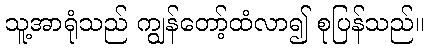
သူ့အာရုံသည် ကျွန်တော့်ထံလာ၍ စုပြန်သည်။